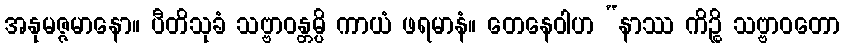
အနုမဇ္ဇမာနော။ ပီတိသုခံ သဗ္ဗာဝန္တမ္ပိ ကာယံ ဖရမာနံ။ တေနေဝါဟ “နာဿ ကိဉ္စိ သဗ္ဗာဝတော